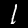
Label: 1